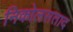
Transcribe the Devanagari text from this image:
निकोलसताद